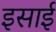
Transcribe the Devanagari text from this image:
इसार्इ